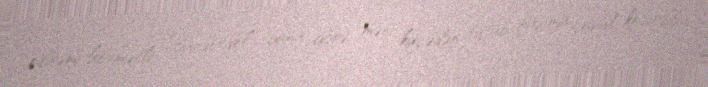
edirəm hörmətli “Bandotdel” buna görə məni küçədən tutub, başıma çuval keçirdib